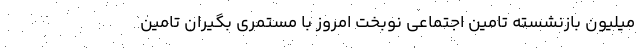
میلیون بازنشسته تامین اجتماعی نوبخت امروز با مستمری بگیران تامین